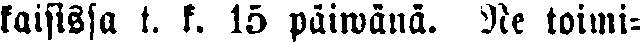
kaisissa t. k. 15 päiwänä. Ne toimi-